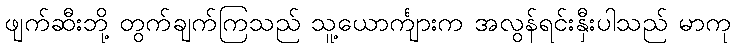
ဖျက်ဆီးဘို့ တွက်ချက်ကြသည် သူ့ယောင်္ကျားက အလွန်ရင်းနှီးပါသည် မာကု